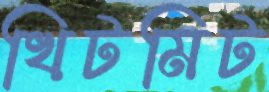
খিটমিট